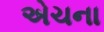
એચના